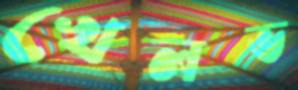
খেলভ